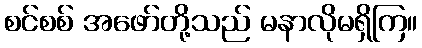
စင်စစ် အဖော်တို့သည် မနာလိုမရှိကြ။